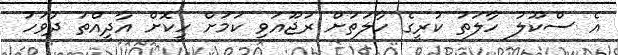
އެ ސްކޫލު ހާލަތު ކުރީގެ ހާލަތަށް ރުޖޫއަވި ކަމަށް ހީކޮށް އާދީއްތަ ދުވަހު